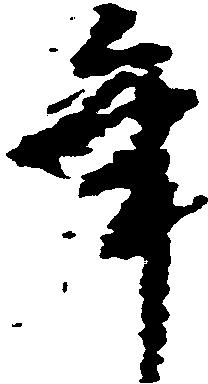
年